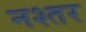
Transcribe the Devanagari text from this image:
नश्तर